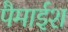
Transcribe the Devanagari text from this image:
पैमाईश